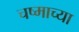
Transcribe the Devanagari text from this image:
चष्माच्या